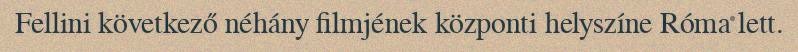
Fellini következő néhány filmjének központi helyszíne Róma lett.